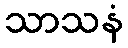
သာသနံ